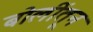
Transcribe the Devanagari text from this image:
बोलींतून